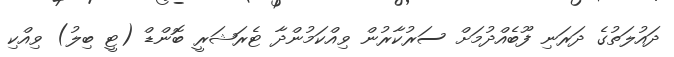
ދައުލަތުގެ ދަރަނި ފޫބެއްދުމަށް ސަރުކާރުން ވިއްކަމުންދާ ޓެރަޝަރީ ބޮންޑް (ޓީ ބިލު) ވިއްކި